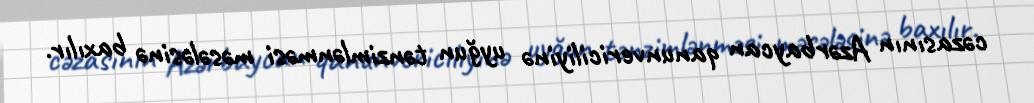
cəzasının Azərbaycan qanunvericiliyinə uyğun tənzimlənməsi məsələsinə baxılır.